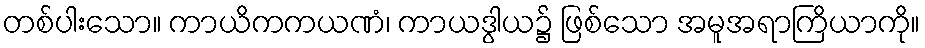
တစ်ပါးသော။ ကာယိကကယဏံ၊ ကာယဒွါယ၌ ဖြစ်သော အမူအရာကြိယာကို။